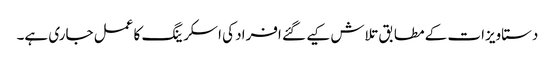
دستاویزات کے مطابق تلاش کیے گئے افراد کی اسکرینگ کا عمل جاری ہے۔